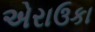
એરાઉકા